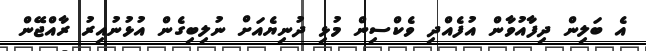
އެ ބަލިން ދިފާއުވާން އުފެއްދި ވެކްސިން މުޅި ދުނިޔެއަށް ނުލިބިގެން އުޅުނުއިރު ރާއްޖޭން